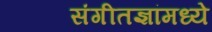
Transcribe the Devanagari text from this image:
संगीतज्ञांमध्ये